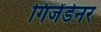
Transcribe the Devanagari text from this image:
गिजेंडेनर